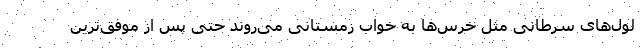
لول‌های سرطانی مثل خرس‌ها به خواب زمستانی می‌روند حتی پس از موفق‌ترین